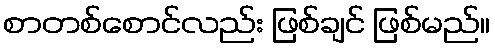
စာတစ်စောင်လည်း ဖြစ်ချင် ဖြစ်မည်။